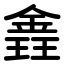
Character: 錱